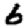
Digit: 6